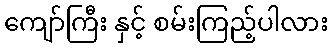
ကျော်ကြီး နှင့် စမ်းကြည့်ပါလား